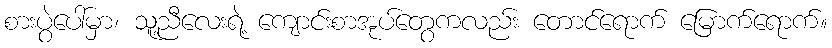
စားပွဲပေါ်မှာ၊ သူ့ညီလေးရဲ့ ကျောင်းစာအုပ်တွေကလည်း တောင်ရောက် မြောက်ရောက်။